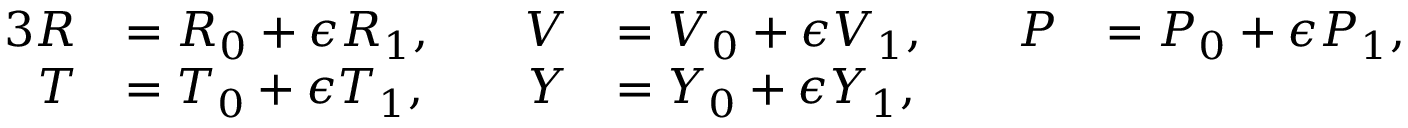
\begin{array} { r l r l r l } { { 3 } R } & { = { R } _ { 0 } + \epsilon { R } _ { 1 } , \quad } & { V } & { = { V } _ { 0 } + \epsilon { V } _ { 1 } , \quad } & { P } & { = { P } _ { 0 } + \epsilon { P } _ { 1 } , } \\ { T } & { = { T } _ { 0 } + \epsilon { T } _ { 1 } , } & { Y } & { = { Y } _ { 0 } + \epsilon { Y } _ { 1 } , } & & { } \end{array}